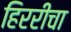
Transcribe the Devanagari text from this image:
हिररीचा